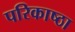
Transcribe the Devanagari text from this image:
परिकाष्ठा